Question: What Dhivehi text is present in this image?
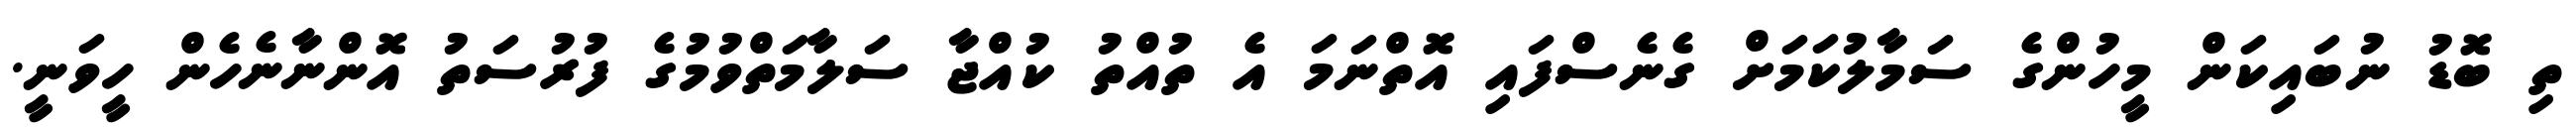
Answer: ތި ބޮޑު ނުބައިކަން މީހުންގެ ސަމާލުކަމަށް ގެނެސްފައި އޮތްނަމަ އެ ތުއްތު ކުއްޖާ ސަލާމަތްވުމުގެ ފުރުސަތު އޮންނާނެހެން ހީވަނީ.